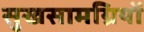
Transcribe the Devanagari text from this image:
सुखसामग्रियों